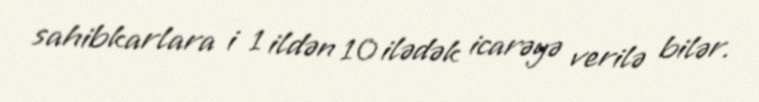
sahibkarlara i 1 ildən 10 ilədək icarəyə verilə bilər.